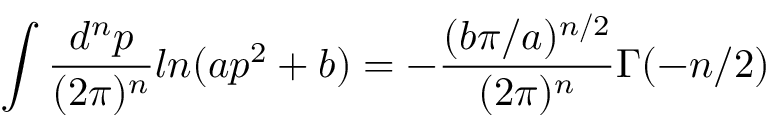
\int \frac { d ^ { n } p } { ( 2 \pi ) ^ { n } } l n ( a p ^ { 2 } + b ) = - \frac { ( b \pi / a ) ^ { n / 2 } } { ( 2 \pi ) ^ { n } } \Gamma ( - n / 2 )